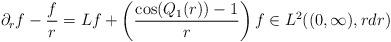
LaTeX: \begin{align*} \partial_{r} f -\frac{f}{r} = Lf + \left(\frac{\cos(Q_{1}(r))-1}{r}\right) f \in L^{2}((0,\infty), rdr)\end{align*}